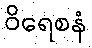
ဝိရေစနံ